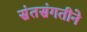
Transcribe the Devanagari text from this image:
संतसंगतीने